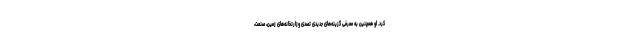
کرد. او همچنین به معرفی گزینه‌های جدیدی تصدی وزارتخانه‌های زمین، صنعت،